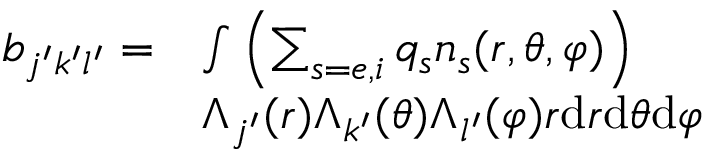
\begin{array} { r l } { b _ { j ^ { \prime } k ^ { \prime } l ^ { \prime } } = } & { \int \left( \sum _ { s = e , i } q _ { s } n _ { s } ( r , \theta , \varphi ) \right) } \\ & { \Lambda _ { j ^ { \prime } } ( r ) \Lambda _ { k ^ { \prime } } ( \theta ) \Lambda _ { l ^ { \prime } } ( \varphi ) r \mathrm { d } r \mathrm { d } \theta \mathrm { d } \varphi } \end{array}